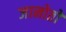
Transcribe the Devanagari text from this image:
जानोतो